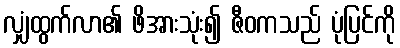
လျှံထွက်လာ၏ ဖိအားသုံး၍ ဇီဝကသည် ပုံပြင်ကို